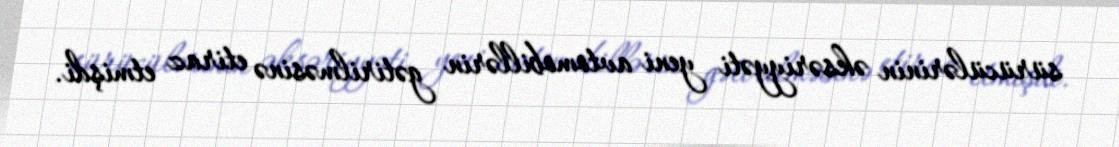
sürücülərinin əksəriyyəti yeni avtomobillərin gətirilməsinə etiraz etmişdi.